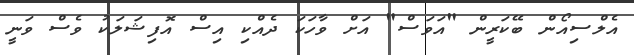
އެލްސިއޯން ބޭކަރީން "އަވަސް" އަށް ވާހަކަ ދެއްކި އިސް އޮފިޝަލަކު ވެސް ވަނީ